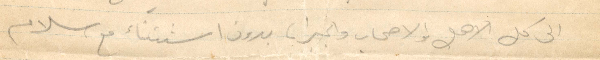
الى كل الاهل والاصحاب والجيران بدون استثناء مع سلام